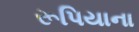
રૂપિયાના